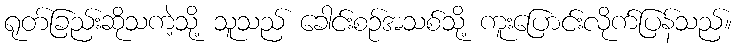
ရုတ်ခြည်းဆိုသကဲ့သို့ သူသည် ခေါင်းစဉ်အသစ်သို့ ကူးပြောင်းလိုက်ပြန်သည်။